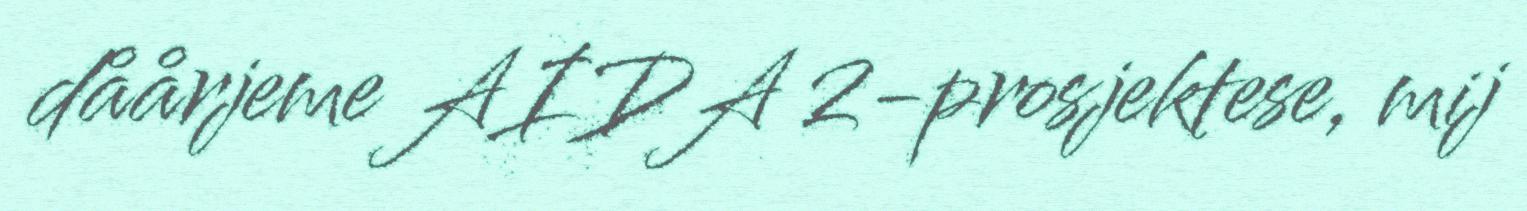
dåårjeme AIDA 2-prosjektese, mij